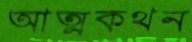
আত্মকথন